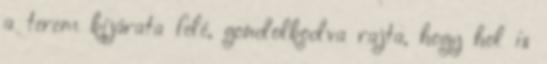
a terem kijárata felé, gondolkodva rajta, hogy hol is